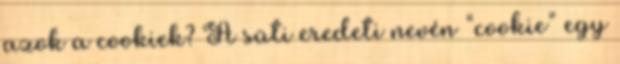
azok a cookiek? A süti eredeti nevén “cookie” egy